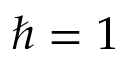
\hbar = 1